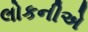
લોકનીએ